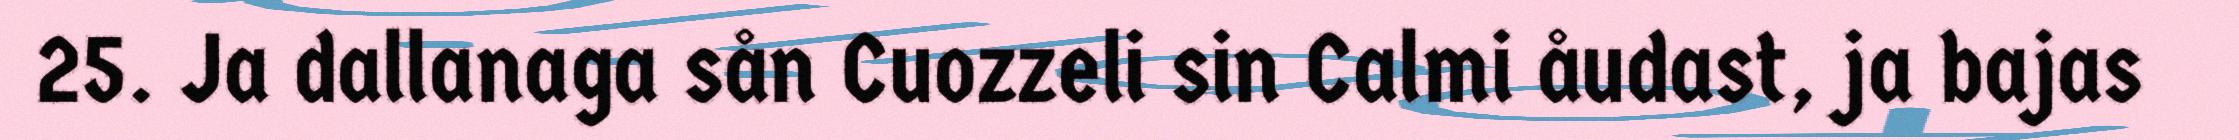
25. Ja dallanaga sån Cuozzeli sin Calmi åudast, ja bajas